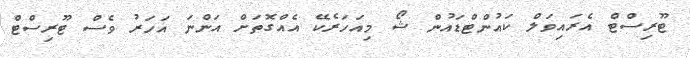
ޓޫރިސްޓް އެރައިވަލް ކައުންޓްޑައުން ޝޯ މިއަހަރެކޭ އެއްގޮތަށް އަންނަ އަހަރު ވެސް ޓޫރިސްޓް